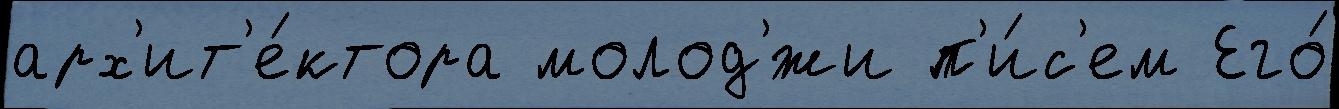
арх'ит'е́ктора молод'́жи п'и́с'ем Его́